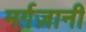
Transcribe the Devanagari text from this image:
मर्ग़ज़ानी